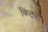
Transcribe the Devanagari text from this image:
किंटने